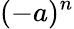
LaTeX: (-a)^{n}